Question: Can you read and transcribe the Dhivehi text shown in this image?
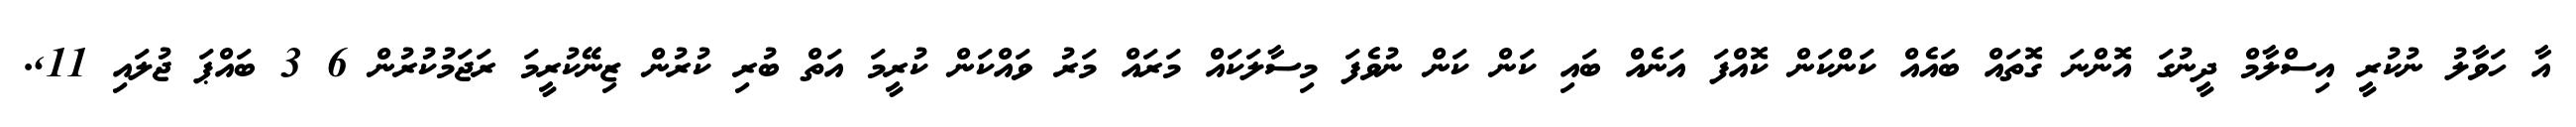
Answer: އާ ހަވާލު ނުކުރީ އިސްލާމް ދީނުގަ އޮންނަ ގޮތައް ބައެއް ކަންކަން ކޮއްފަ އަނެއް ބައި ކަން ކަން ނުވެފަ މިސާލަކައް މަރައް މަރު ވައްކަން ކުރީމަ އަތް ބުރި ކުރުން ޒިނޭކުރީމަ ރަޖަމުކުރުން 6 3 ބައްޕަ ޖުލައި 11,.